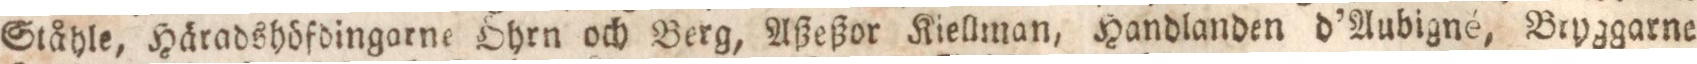
Ståhle, Häradshöfdingarne öhrn och Berg, Aßeßor Kieklman, Handlanden d’Aubigné, Bryggarne